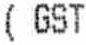
( GST